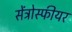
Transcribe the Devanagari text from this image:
सेंट्रोस्फीयर